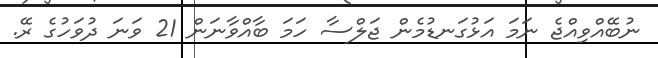
ނުބޭއްވިއްޖެ ނަމަ އަޅުގަނޑުމެން ޖަލްސާ ހަމަ ބާއްވާނަން 21 ވަނަ ދުވަހުގެ ރޭ.